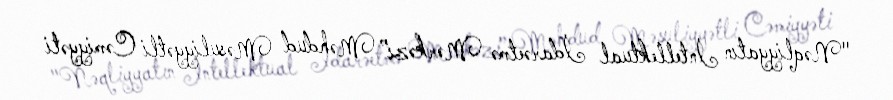
"Nəqliyyatın İntellektual İdarəetmə Mərkəzi” Məhdud Məsuliyyətli Cəmiyyəti